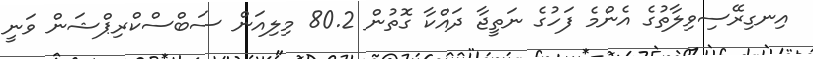
އިނގިރޭސިވިލާތުގެ އެންމެ ފަހުގެ ނަތީޖާ ދައްކާ ގޮތުން 80.2 މިލިއަން ސަބްސްކްރިޕްޝަން ވަނީ